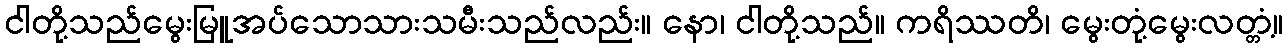
ငါတို့သည်မွေးမြူအပ်သောသားသမီးသည်လည်း။ နော၊ ငါတို့သည်။ ကရိဿတိ၊ မွေးတုံ့မွေးလတ္တံ့။